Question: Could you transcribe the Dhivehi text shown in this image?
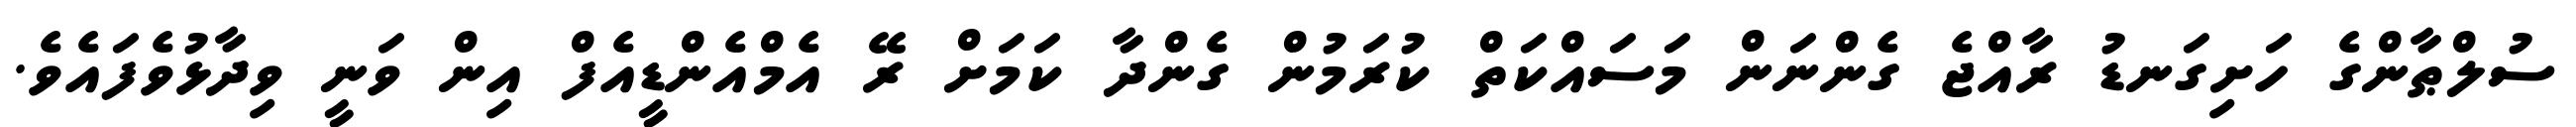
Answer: ސުލްޠާންގެ ހަށިގަނޑު ރާއްޖެ ގެންނަން މަސައްކަތް ކުރަމުން ގެންދާ ކަމަށް ރޭ އެމްއެންޑީއެފް އިން ވަނީ ވިދާޅުވެފައެވެ.